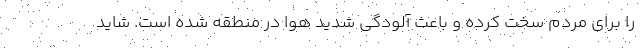
را برای مردم سخت کرده ‌و باعث آلودگی شدید هوا در منطقه شده است. شاید